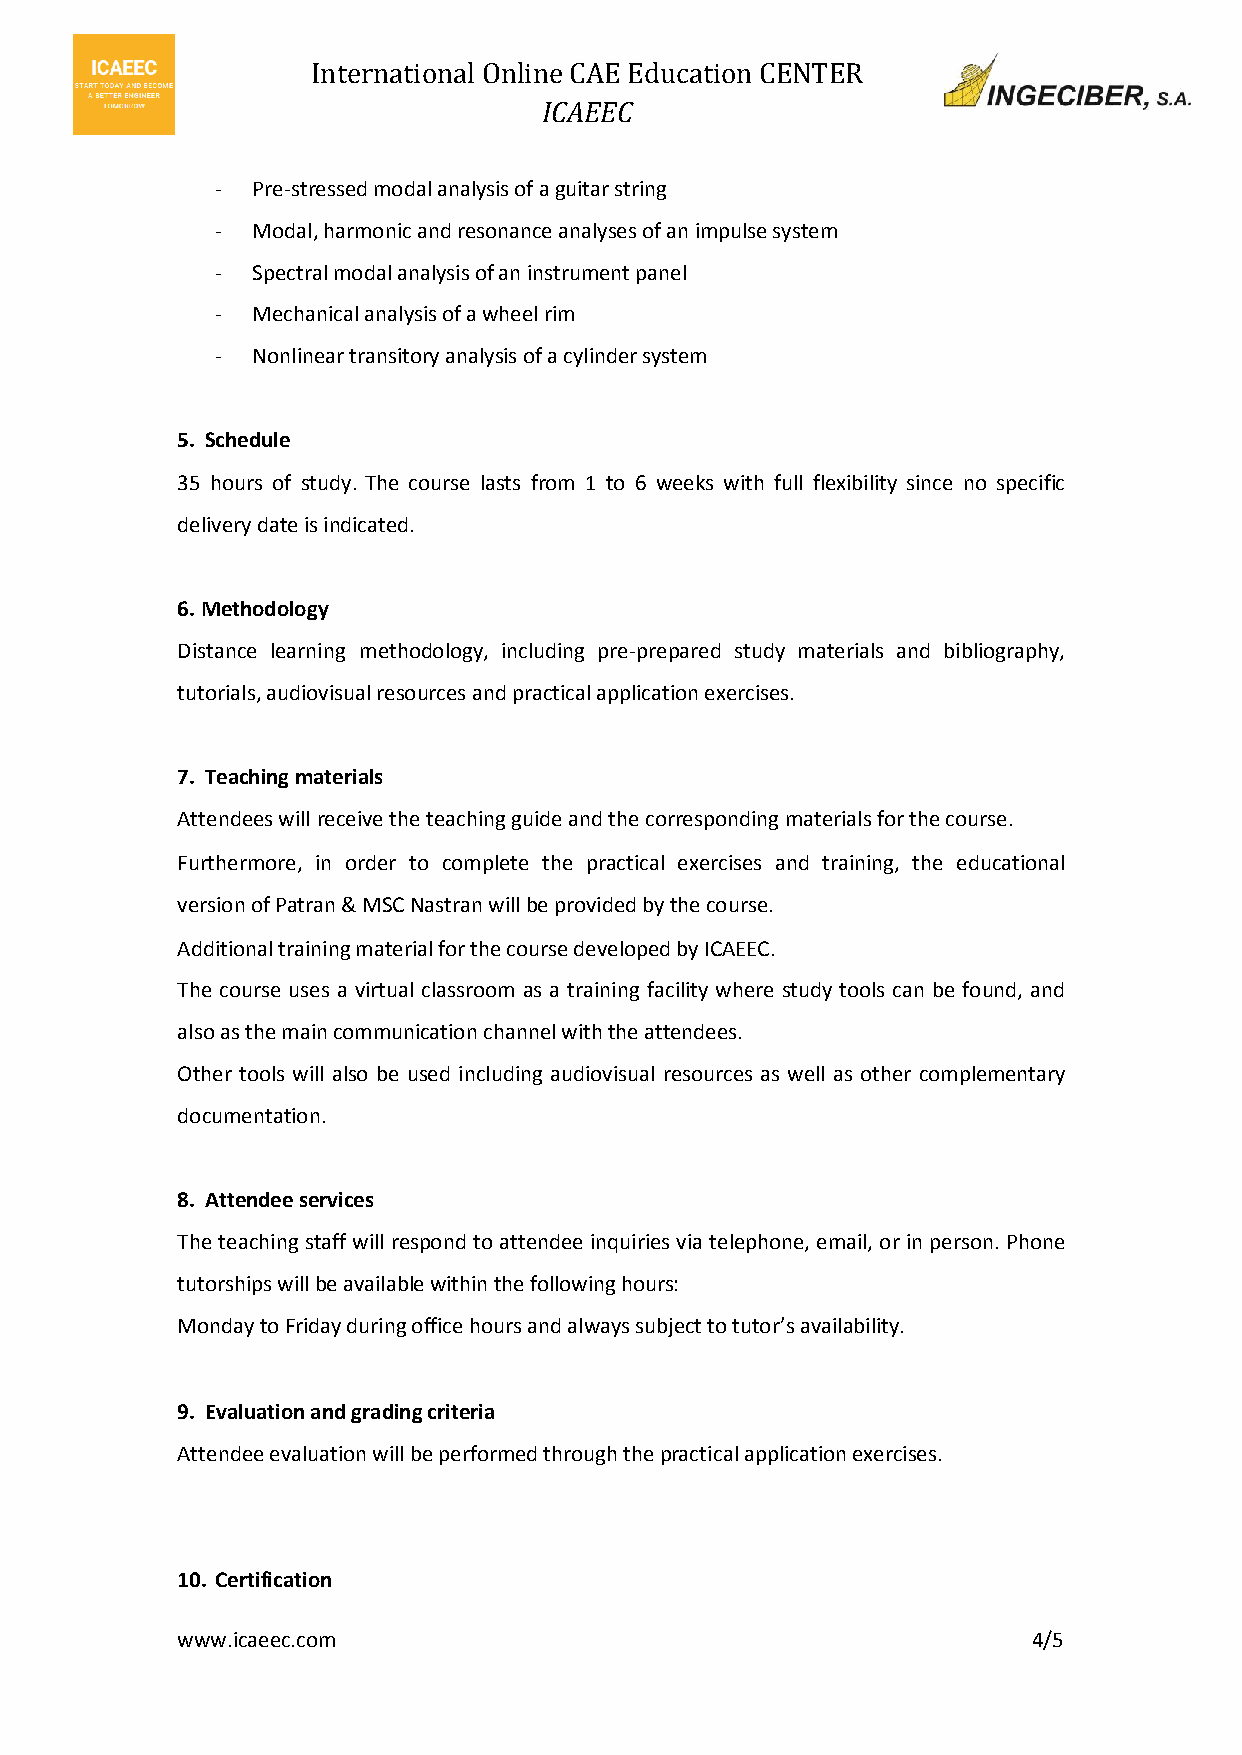
International Online CAE Education CENTER
 ICAEEC
 -  Pre-stressed modal analysis of a guitar string
 -  Modal, harmonic and resonance analyses of an impulse system
 -  Spectral modal analysis of an instrument panel
 -  Mechanical analysis of a wheel rim
 -  Nonlinear transitory analysis of a cylinder system
 5. Schedule
 35 hours of study. The course lasts from 1 to 6 weeks with full flexibility since no specific
 delivery date is indicated.
 6. Methodology
 Distance learning methodology, including pre-prepared study materials and bibliography,
 tutorials, audiovisual resources and practical application exercises.
 7. Teaching materials
 Attendees will receive the teaching guide and the corresponding materials for the course.
 Furthermore, in order to complete the practical exercises and training, the educational
 version of Patran & MSC Nastran will be provided by the course.
 Additional training material for the course developed by ICAEEC.
 The course uses a virtual classroom as a training facility where study tools can be found, and
 also as the main communication channel with the attendees.
 Other tools will also be used including audiovisual resources as well as other complementary
 documentation.
 8. Attendee services
 The teaching staff will respond to attendee inquiries via telephone, email, or in person. Phone
 tutorships will be available within the following hours:
 Monday to Friday during office hours and always subject to tutor’s availability.
 9. Evaluation and grading criteria
 Attendee evaluation will be performed through the practical application exercises.
 10. Certification
 w ww.icaeec.com                                         4/5